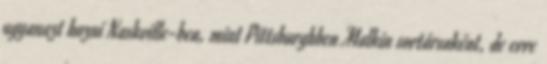
ugyanazt hozni Nashville-ben, mint Pittsburghben Malkin sortársaként, de erre